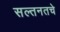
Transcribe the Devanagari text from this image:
सल्तनतचे